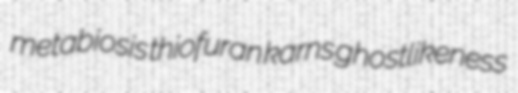
metabiosis thiofuran karns ghostlikeness